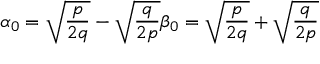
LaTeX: \alpha _ { 0 } = \sqrt { { \frac { p } { 2 q } } } - \sqrt { { \frac { q } { 2 p } } } \beta _ { 0 } = \sqrt { { \frac { p } { 2 q } } } + \sqrt { { \frac { q } { 2 p } } }